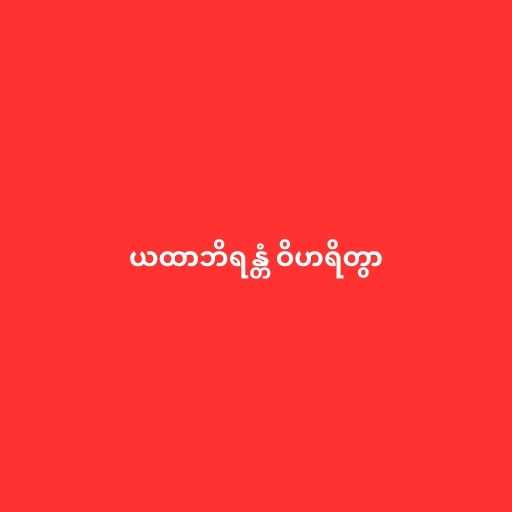
ယထာဘိရန္တံ ဝိဟရိတွာ